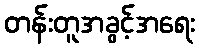
တန်းတူအခွင့်အရေး